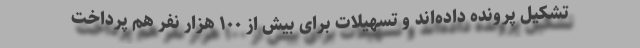
تشکیل پرونده داده‌اند و تسهیلات برای بیش از ۱۰۰ هزار نفر هم پرداخت